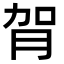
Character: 𦙺